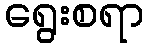
ရွေးစရာ